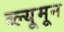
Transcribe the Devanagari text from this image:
ब्ल्यूमून